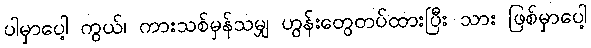
ပါမှာပေါ့ ကွယ်၊ ကားသစ်မှန်သမျှ ဟွန်းတွေတပ်ထားပြီး သား ဖြစ်မှာပေါ့